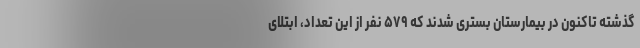
گذشته تاکنون در بیمارستان بستری شدند که ۵۷۹ نفر از این تعداد، ابتلای